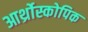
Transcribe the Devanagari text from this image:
आर्थ्रोस्कोपिक